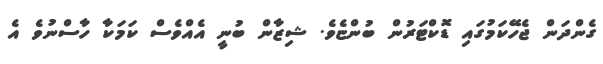
ގެންދަން ޖެހޭކަމުގައި ޑޮކްޓަރުން ބުންޏެވެ. ޝިޒާން ބުނީ އެއްވެސް ކަމަކާ ހާސްނުވެ އެ